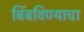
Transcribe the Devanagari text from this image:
बिंबविण्याचा